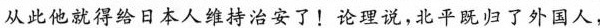
从此他就得给日本人维持治安了！论理说，北平既归了外国人，